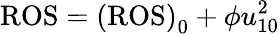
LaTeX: \mathrm{ROS}=\mathrm{(ROS)}_{0}+\phi u_{10}^{2}